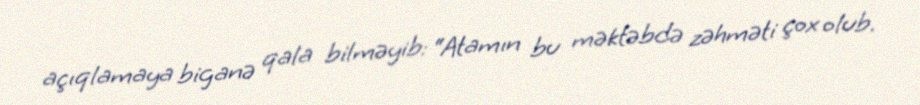
açıqlamaya biganə qala bilməyib: “Atamın bu məktəbdə zəhməti çox olub.